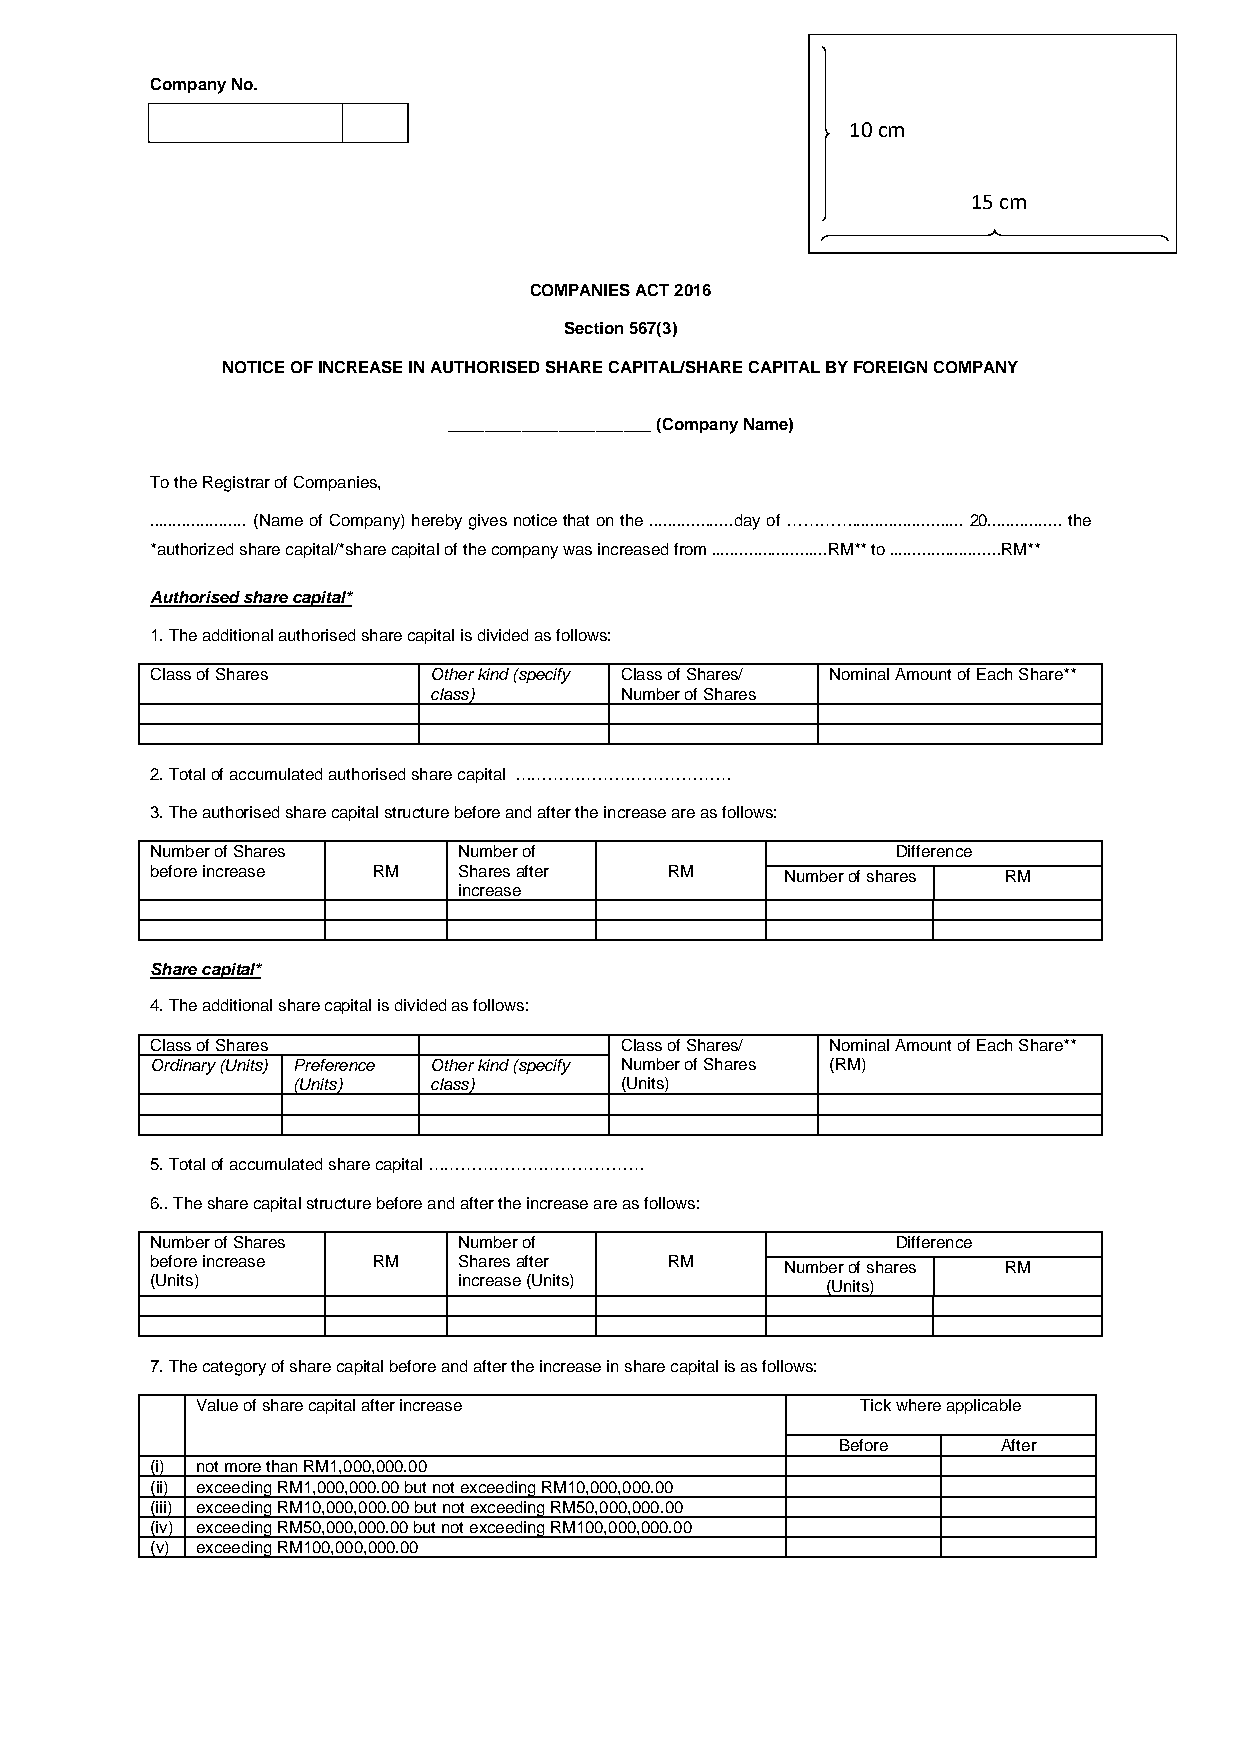
Company No.
 10 cm
 15 cm
 COMPANIES ACT 2016
 Section 567(3)
 NOTICE OF INCREASE IN AUTHORISED SHARE CAPITAL/SHARE CAPITAL BY FOREIGN COMPANY
 ______________________ (Company Name)
 To the Registrar of Companies,
 ..................... (Name of Company) hereby gives notice that on the ..................day of …………........................ 20................ the
 *authorized share capital/*share capital of the company was increased from .........................RM** to ........................RM**
 Authorised share capital*
 1. The additional authorised share capital is divided as follows:
 Class of Shares   Other kind (specify Class of Shares/ Nominal Amount of Each Share**
 class)       Number of Shares
 2. Total of accumulated authorised share capital …………………………………
 3. The authorised share capital structure before and after the increase are as follows:
 Number of Shares    Number of                    Difference
 before increase RM  Shares after  RM      Number of shares RM
 increase
 Share capital*
 4. The additional share capital is divided as follows:
 Class of Shares                Class of Shares/ Nominal Amount of Each Share**
 Ordinary (Units) Preference Other kind (specify Number of Shares (RM)
 (Units)  class)       (Units)
 5. Total of accumulated share capital …………………………………
 6.. The share capital structure before and after the increase are as follows:
 Number of Shares    Number of                    Difference
 before increase RM  Shares after  RM      Number of shares RM
 (Units)             increase (Units)         (Units)
 7. The category of share capital before and after the increase in share capital is as follows:
 Value of share capital after increase       Tick where applicable
 Before     After
 (i) not more than RM1,000,000.00
 (ii) exceeding RM1,000,000.00 but not exceeding RM10,000,000.00
 (iii) exceeding RM10,000,000.00 but not exceeding RM50,000,000.00
 (iv) exceeding RM50,000,000.00 but not exceeding RM100,000,000.00
 (v) exceeding RM100,000,000.00